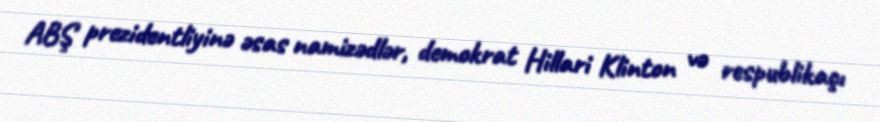
ABŞ prezidentliyinə əsas namizədlər, demokrat Hillari Klinton və respublikaçı